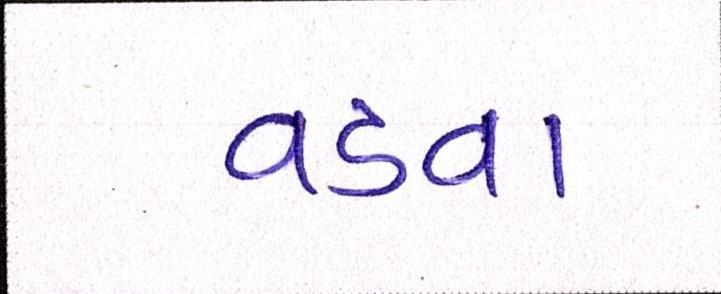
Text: વડવા